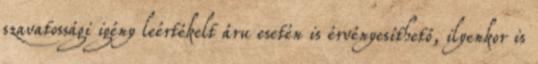
szavatossági igény leértékelt áru esetén is érvényesíthető, ilyenkor is